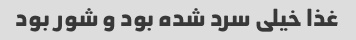
غذا خیلی سرد شده بود و شور بود